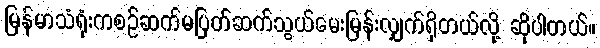
မြန်မာသံရုံးကစဉ်ဆက်မပြတ်ဆက်သွယ်မေးမြန်းလျှက်ရှိတယ်လို့ ဆိုပါတယ်။